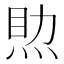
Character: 𤉏